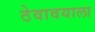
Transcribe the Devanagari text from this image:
ठेवावयाला